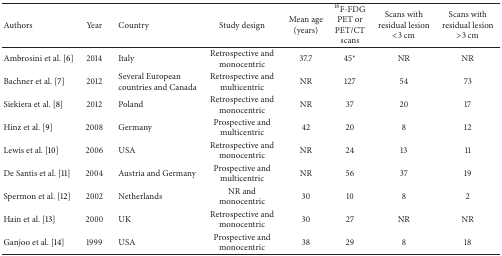
<table><thead><tr><td><b>Authors</b></td><td><b>Year</b></td><td><b>Country</b></td><td><b>Study design</b></td><td><b>Mean age (years)</b></td><td><b><sup>18</sup>F-FDG PET or PET/CT scans</b></td><td><b>Scans with residual lesion &lt;3 cm </b></td><td><b>Scans with residual lesion &gt;3 cm</b></td></tr></thead><tbody><tr><td>Ambrosini et al. [6]</td><td>2014</td><td>Italy</td><td>Retrospective and monocentric</td><td>37.7</td><td>45*</td><td>NR</td><td>NR</td></tr><tr><td>Bachner et al. [7]</td><td>2012</td><td>Several European countries and Canada </td><td>Retrospective and multicentric</td><td>NR</td><td>127</td><td>54</td><td>73</td></tr><tr><td>Siekiera et al. [8]</td><td>2012</td><td>Poland</td><td>Retrospective and monocentric</td><td>NR</td><td>37</td><td>20</td><td>17</td></tr><tr><td>Hinz et al. [9]</td><td>2008</td><td>Germany</td><td>Prospective and multicentric</td><td>42</td><td>20</td><td>8</td><td>12</td></tr><tr><td>Lewis et al. [10]</td><td>2006</td><td>USA</td><td>Retrospective and monocentric</td><td>NR</td><td>24</td><td>13</td><td>11</td></tr><tr><td>De Santis et al. [11]</td><td>2004</td><td>Austria and Germany</td><td>Prospective and multicentric</td><td>NR</td><td>56</td><td>37</td><td>19</td></tr><tr><td>Spermon et al. [12]</td><td>2002</td><td>Netherlands</td><td>NR andmonocentric</td><td>30</td><td>10</td><td>8</td><td>2</td></tr><tr><td>Hain et al. [13]</td><td>2000</td><td>UK</td><td>Retrospective and monocentric</td><td>30</td><td>27</td><td>NR</td><td>NR</td></tr><tr><td>Ganjoo et al. [14]</td><td>1999</td><td>USA</td><td>Prospective and monocentric</td><td>38</td><td>29</td><td>8</td><td>18</td></tr></tbody></table>